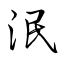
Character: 泯